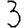
Digit: 3